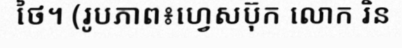
ថៃ។ (រូបភាព៖ហ្វេសប៊ុក លោក រិន